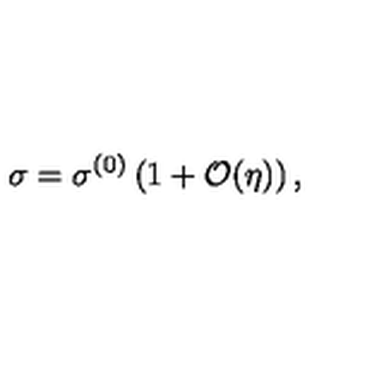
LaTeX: \sigma = \sigma ^ { ( 0 ) } \left( 1 + { \cal O } ( \eta ) \right) ,